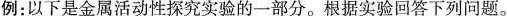
例：以下是金属活动性探究实验的一部分。根据实验回答下列问题。